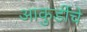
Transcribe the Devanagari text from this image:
आकुर्डीचे